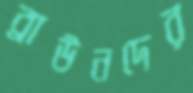
ব্রাউনদের